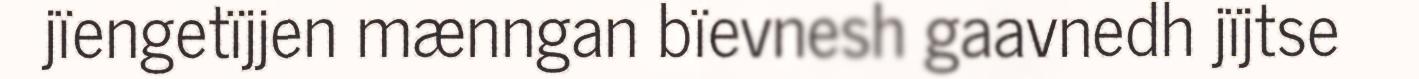
jïengetïjjen mænngan bïevnesh gaavnedh jïjtse